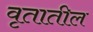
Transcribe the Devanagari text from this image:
वृतातील